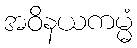
အဝိနယကမ္မံ